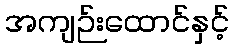
အကျဉ်းထောင်နှင့်